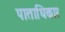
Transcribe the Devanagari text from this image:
पाताधिकार